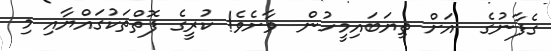
ގެފާނުގެ  އަށް ތިޔަބައިމީހުން  ވާށެވެ! ކުރީގެ ފޮތްތަކުގައްޔާއި މި